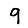
Digit: 9